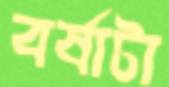
বর্ষাটা